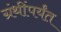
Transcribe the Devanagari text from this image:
ग्रंथींपर्यंत